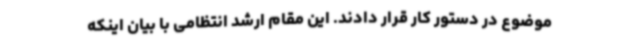
موضوع در دستور کار قرار دادند. این مقام ارشد انتظامی با بیان اینکه